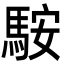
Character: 𩣑